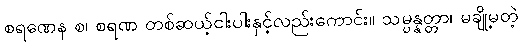
စရဏေန စ၊ စရဏ တစ်ဆယ့်ငါးပါးနှင့်လည်းကောင်း။ သမ္ပန္နတ္တာ၊ မချို့မတဲ့